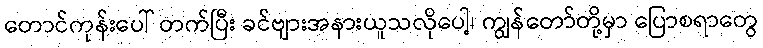
တောင်ကုန်းပေါ် တက်ပြီး ခင်ဗျားအနားယူသလိုပေါ့၊ ကျွန်တော်တို့မှာ ပြောစရာတွေ